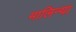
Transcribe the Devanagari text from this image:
मालिन्या